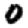
Digit: 0